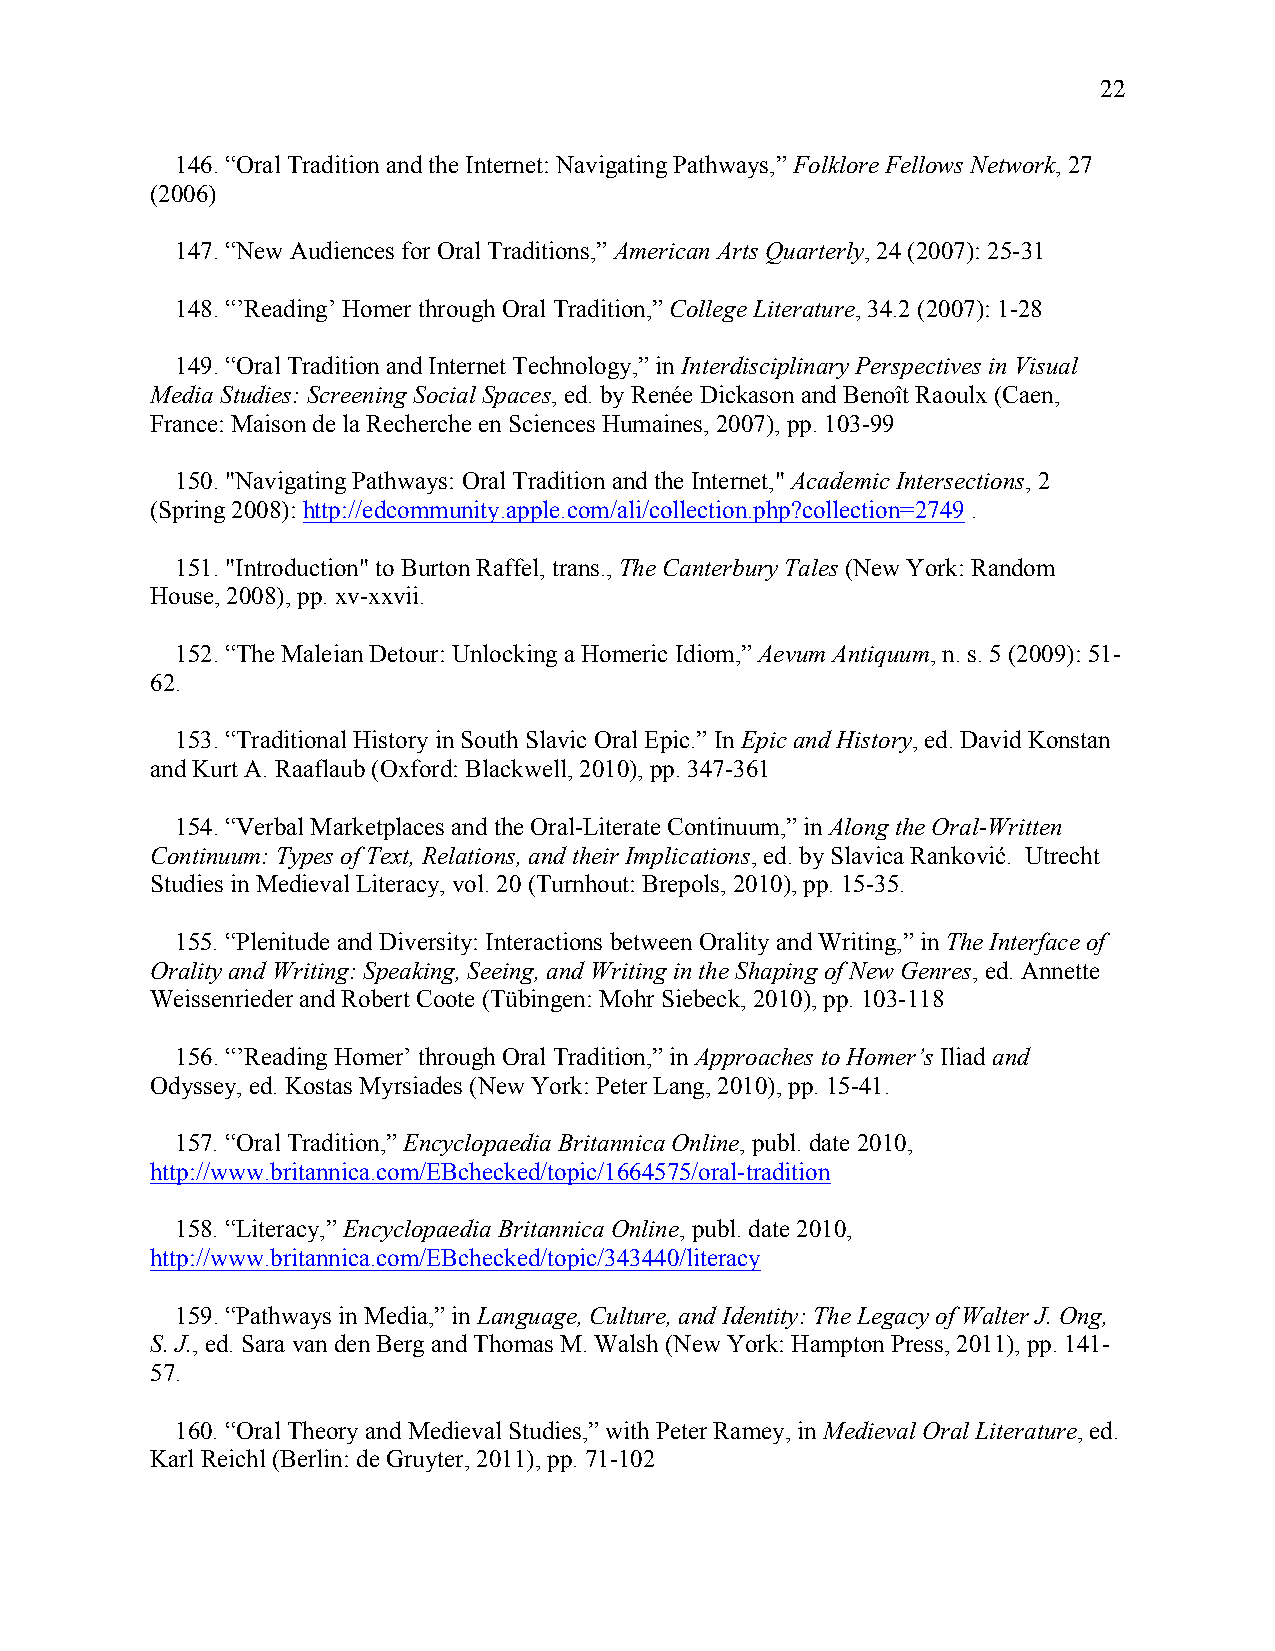
22
 146. “Oral Tradition and the Internet: Navigating Pathways,” Folklore Fellows Network, 27
 (2006)
 147. “New Audiences for Oral Traditions,” American Arts Quarterly, 24 (2007): 25-31
 148. “’Reading’ Homer through Oral Tradition,” College Literature, 34.2 (2007): 1-28
 149. “Oral Tradition and Internet Technology,” in Interdisciplinary Perspectives in Visual
 Media Studies: Screening Social Spaces, ed. by Renée Dickason and Benoît Raoulx (Caen,
 France: Maison de la Recherche en Sciences Humaines, 2007), pp. 103-99
 150. "Navigating Pathways: Oral Tradition and the Internet," Academic Intersections, 2
 (Spring 2008): http://edcommunity.apple.com/ali/collection.php?collection=2749 .
 151. "Introduction" to Burton Raffel, trans., The Canterbury Tales (New York: Random
 House, 2008), pp. xv-xxvii.
 152. “The Maleian Detour: Unlocking a Homeric Idiom,” Aevum Antiquum, n. s. 5 (2009): 51-
 62.
 153. “Traditional History in South Slavic Oral Epic.” In Epic and History, ed. David Konstan
 and Kurt A. Raaflaub (Oxford: Blackwell, 2010), pp. 347-361
 154. “Verbal Marketplaces and the Oral-Literate Continuum,” in Along the Oral-Written
 Continuum: Types of Text, Relations, and their Implications, ed. by Slavica Ranković. Utrecht
 Studies in Medieval Literacy, vol. 20 (Turnhout: Brepols, 2010), pp. 15-35.
 155. “Plenitude and Diversity: Interactions between Orality and Writing,” in The Interface of
 Orality and Writing: Speaking, Seeing, and Writing in the Shaping of New Genres, ed. Annette
 Weissenrieder and Robert Coote (Tübingen: Mohr Siebeck, 2010), pp. 103-118
 156. “’Reading Homer’ through Oral Tradition,” in Approaches to Homer’s Iliad and
 Odyssey, ed. Kostas Myrsiades (New York: Peter Lang, 2010), pp. 15-41.
 157. “Oral Tradition,” Encyclopaedia Britannica Online, publ. date 2010,
 http://www.britannica.com/EBchecked/topic/1664575/oral-tradition
 158. “Literacy,” Encyclopaedia Britannica Online, publ. date 2010,
 http://www.britannica.com/EBchecked/topic/343440/literacy
 159. “Pathways in Media,” in Language, Culture, and Identity: The Legacy of Walter J. Ong,
 S. J., ed. Sara van den Berg and Thomas M. Walsh (New York: Hampton Press, 2011), pp. 141-
 57.
 160. “Oral Theory and Medieval Studies,” with Peter Ramey, in Medieval Oral Literature, ed.
 Karl Reichl (Berlin: de Gruyter, 2011), pp. 71-102